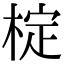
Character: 椗